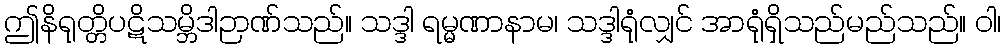
ဤနိရုတ္တိပဋိသမ္ဘိဒါဉာဏ်သည်။ သဒ္ဒါ ရမ္မဏာနာမ၊ သဒ္ဒါရုံလျှင် အာရုံရှိသည်မည်သည်။ ဝါ၊